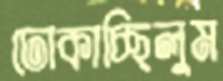
ঢোকাচ্ছিলুম